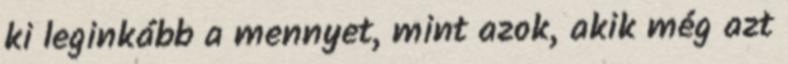
ki leginkább a mennyet, mint azok, akik még azt